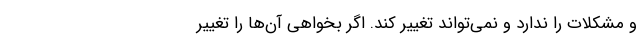
و مشکلات را ندارد و نمی‌تواند تغییر کند. اگر بخواهی آن‌ها را تغییر